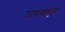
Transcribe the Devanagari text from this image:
उत्सवामुळे